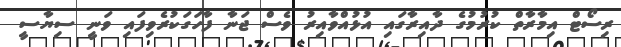
ރިސޯޓް އިމާރާތް ކުރުމުގެ ދާއިރާގައި އުޅުއްވާއިރު ވެސް ޖަނާ ފާހަގަކުރެވިފައި ވަނީ ސިޔާސީ